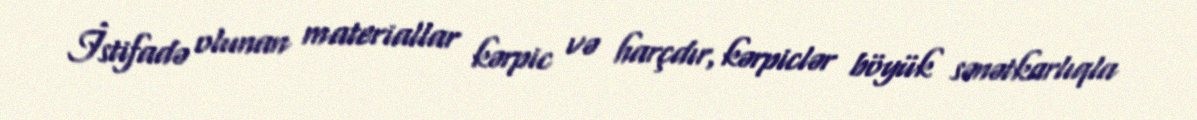
İstifadə olunan materiallar kərpic və harçdır, kərpiclər böyük sənətkarlıqla